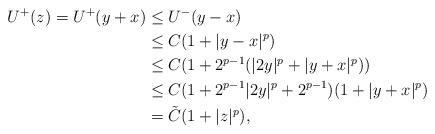
LaTeX: \begin{align*}U^+(z) = U^+(y+x) &\le U^-(y-x)\\&\le C(1+|y-x|^p)\\&\le C(1+2^{p-1}(|2y|^p+|y+x|^p))\\& \le C(1+ 2^{p-1}|2y|^p+2^{p-1})(1+|y+x|^p)\\&= \tilde{C}(1+|z|^{p}),\end{align*}